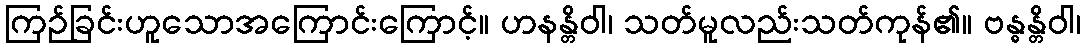
ကြဉ်ခြင်းဟူသောအကြောင်းကြောင့်။ ဟနန္တိဝါ၊ သတ်မူလည်းသတ်ကုန်၏။ ဗန္ဓန္တိဝါ၊